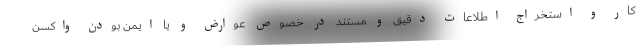
کار و استخراج اطلاعات دقیق و مستند در خصوص عوارض و یا ایمن بودن واکسن